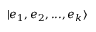
\vert e _ { 1 } , e _ { 2 } , . . . , e _ { k } \rangle